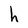
Character: h